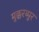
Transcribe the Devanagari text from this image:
मुक्करब्पुर